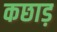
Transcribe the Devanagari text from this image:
कछाड़